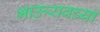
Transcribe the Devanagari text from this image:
भाऊरावच्या